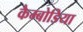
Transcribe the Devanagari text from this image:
कैम्बोडिया